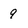
Character: 9